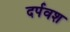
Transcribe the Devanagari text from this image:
दर्पवश